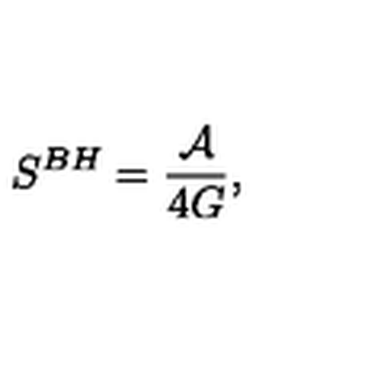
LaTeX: S ^ { B H } = { \frac { \cal A } { 4 G } } ,